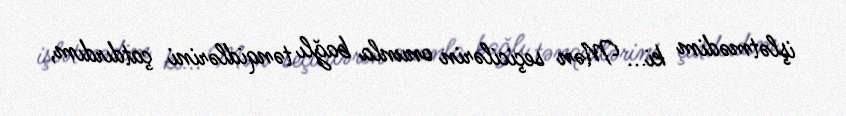
işlətmədim ki... Mən seçicilərin onunla bağlı tənqidlərini çatdırdım,